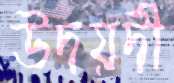
উদয়দী